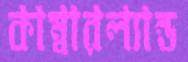
কাম্বারল্যান্ড